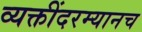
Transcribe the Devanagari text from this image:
व्यक्तींदरम्यानच